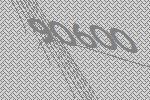
90600